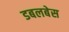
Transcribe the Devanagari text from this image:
डबलबेस